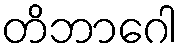
တိဘာဂေါ